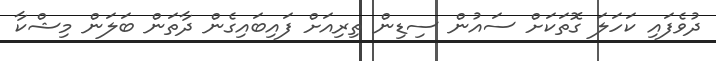
ދުވެފައި ކަހަލަ ގޮތަކަށް ސައުން ސިޑިން ތިރިއަށް ފައިބައިގެން ދާތަން ބަލަން މިޝްކާ